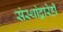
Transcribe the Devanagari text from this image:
संस्थांद्वारेही